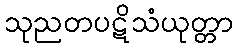
သုညတပဋိသံယုတ္တာ